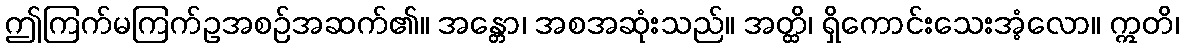
ဤကြက်မကြက်ဥအစဉ်အဆက်၏။ အန္တော၊ အစအဆုံးသည်။ အတ္ထိ၊ ရှိကောင်းသေးအံ့လော။ ဣတိ၊